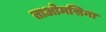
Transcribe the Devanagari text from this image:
ताओमसिना